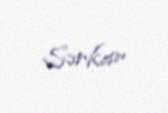
Sərkar